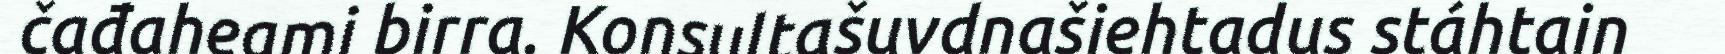
čađaheami birra. Konsultašuvdnašiehtadus stáhtain